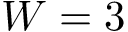
W = 3